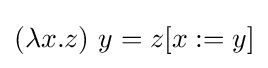
(\lambda x.z)\ y=z[x:=y]